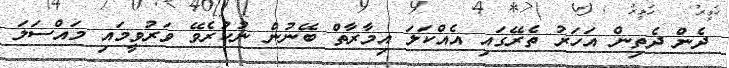
ދެން ދެތިން އަހަރު ތެރޭގައި އެއްކަލަ އިމާރާތް ބޭނުން ނުކުރެވޭ ވަރުވީމައި މައްސަލަ